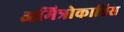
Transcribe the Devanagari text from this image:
अमित्रोकातिस